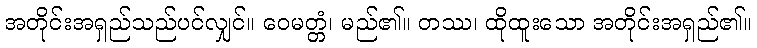
အတိုင်းအရှည်သည်ပင်လျှင်။ ဝေမတ္တံ၊ မည်၏။ တဿ၊ ထိုထူးသော အတိုင်းအရှည်၏။